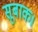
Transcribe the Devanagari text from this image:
सूबाक।